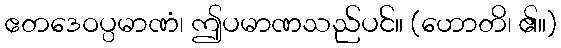
ဧတဒေဝပ္ပမာဏံ၊ ဤပမာဏသည်ပင်။ (ဟောတိ၊ ၏။)